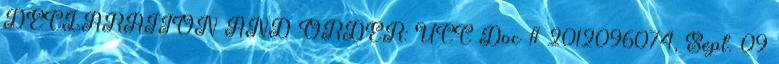
DECLARATION AND ORDER: UCC Doc # 2012096074, Sept. 09